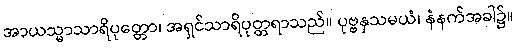
အာယသ္မာသာရိပုတ္တော၊ အရှင်သာရိပုတ္တရာသည်။ ပုဗ္ဗနှသမယံ၊ နံနက်အခါ၌။